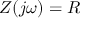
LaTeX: Z ( j \omega ) = R \,